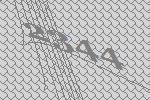
2344